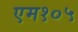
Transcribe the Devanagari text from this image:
एम१०५